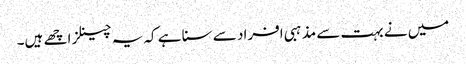
میں نے بہت سے مذہبی افراد سے سنا ہے کہ یہ چینلز اچھے ہیں۔